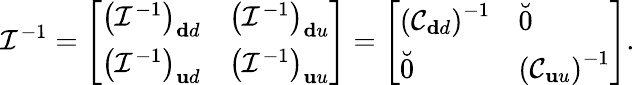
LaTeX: \mathcal{I}^{-1}=\left[\begin{array}{ll}{\left(\mathcal{I}^{-1}\right)_{\mathbf dd}}&{\left(\mathcal{I}^{-1}\right)_{\mathbf du}}\\ {\left(\mathcal{I}^{-1}\right)_{\mathbf ud}}&{\left(\mathcal{I}^{-1}\right)_{\mathbf uu}}\end{array}\right]=\left[\begin{array}{ll}{\left(\mathcal{C}_{\mathbf dd}\right)^{-1}}&{\breve{0}}\\ {\breve{0}}&{\left(\mathcal{C}_{\mathbf uu}\right)^{-1}}\end{array}\right].